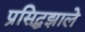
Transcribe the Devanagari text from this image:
प्रसिद्धझाले